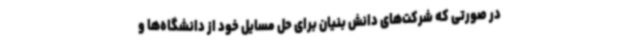
در صورتی که شرکت‌های دانش بنیان برای حل مسایل خود از دانشگاه‌ها و